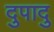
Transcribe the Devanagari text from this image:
दुपादु